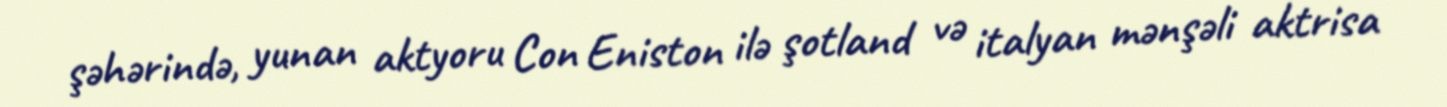
şəhərində, yunan aktyoru Con Eniston ilə şotland və italyan mənşəli aktrisa